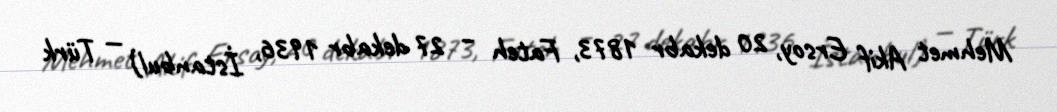
Mehmet Akif Ersoy, 20 dekabr 1873, Fateh – 27 dekabr 1936, İstanbul) — Türk